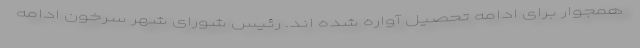
همجوار برای ادامه تحصیل آواره شده اند. رئیس شورای شهر سرخون ادامه